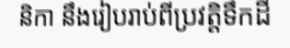
និកា នឹងរៀបរាប់ពីប្រវត្តិទឹកដី